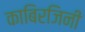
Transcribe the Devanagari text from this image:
काबिरजिनी